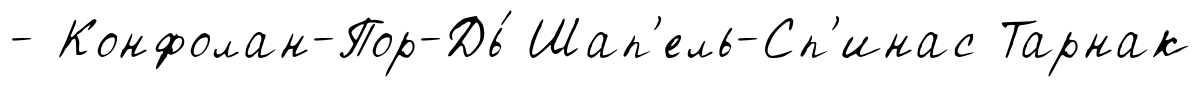
- Конфолан-Пор-Дь́ Шап'ель-Сп'инас Тарнак